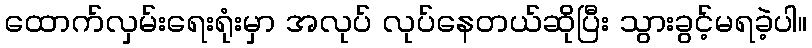
ထောက်လှမ်းရေးရုံးမှာ အလုပ် လုပ်နေတယ်ဆိုပြီး သွားခွင့်မရခဲ့ပါ။